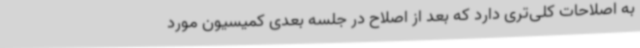
به اصلاحات کلی‌تری دارد که بعد از اصلاح در جلسه بعدی کمیسیون مورد